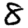
Digit: 8